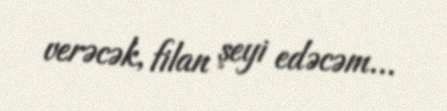
verəcək, filan şeyi edəcəm...